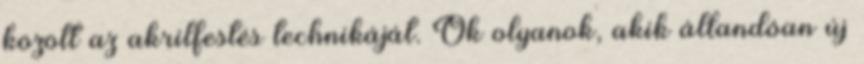
között az akrilfestés technikáját. Ők olyanok, akik állandóan új